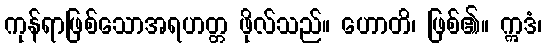
ကုန်ရာဖြစ်သောအရဟတ္တ ဖိုလ်သည်။ ဟောတိ၊ ဖြစ်၏။ ဣဒံ၊